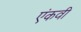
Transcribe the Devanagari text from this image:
एंकवी